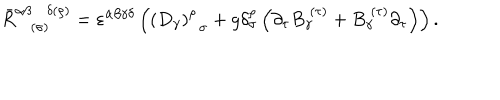
\bar { R } _ { ( \sigma ) } ^ { \alpha \beta \delta ( \rho ) } = \varepsilon ^ { \alpha \beta \gamma \delta } \left( \left( D _ { \gamma } \right) _ { \; \; \sigma } ^ { \rho } + g \delta _ { \sigma } ^ { \rho } \left( \partial _ { \tau } B _ { \gamma } ^ { \; ( \tau ) } + B _ { \gamma } ^ { \; ( \tau ) } \partial _ { \tau } \right) \right) .